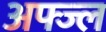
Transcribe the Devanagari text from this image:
अफ्ज्ल